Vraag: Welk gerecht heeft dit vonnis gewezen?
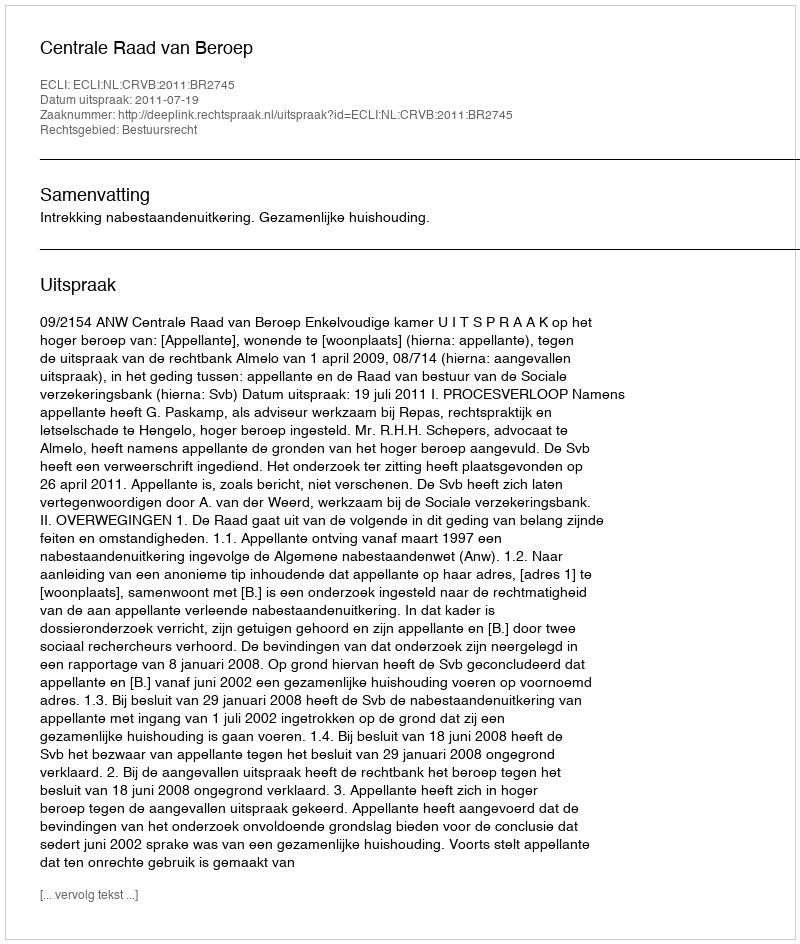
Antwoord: Centrale Raad van Beroep